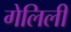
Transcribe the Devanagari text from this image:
गेलिली